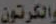
والكرتون